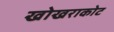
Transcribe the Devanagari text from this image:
खोखराकोट